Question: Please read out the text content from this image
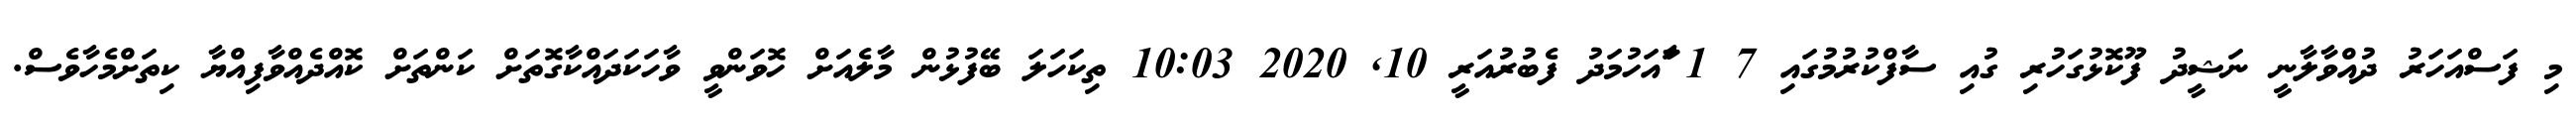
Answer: މި ފަސްއަހަރު ދުއްވާލާނީ ނަޝީދު ފޫކޮޅުގަހުރި ގުއި ސާފްކުރުމުގައި 7 1 ާައަހުމަދު ފެބުރުއަރީ 10, 2020 10:03 ތިކަހަލަ ބޭފުޅުން މާލެއަށް ހޮވަންވީ ވާހަކަދައްކާގޮތަށް ކަންތަށް ކޮއްދެއްވާފިއްޔާ ކިތަށްމެހާވެސް.